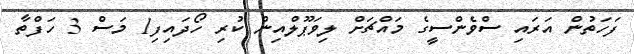
ފަހަތުން އަރައި ސްވެންސީގެ މައްޗަށް ލިވަޕޫލްއިން ކުރި ހޯދައިފި1 މަސް 3 ހަފްތާ